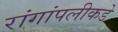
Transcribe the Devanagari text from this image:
रांगांपलीकडे